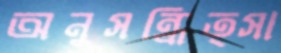
অনুসন্ধিত্সা